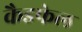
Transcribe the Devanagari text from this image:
कैडफेल